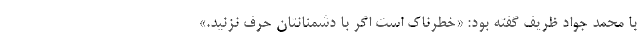
با محمد جواد ظریف گفته بود: «خطرناک است اگر با دشمنانتان حرف نزنید.»